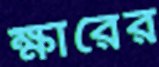
ক্ষারের